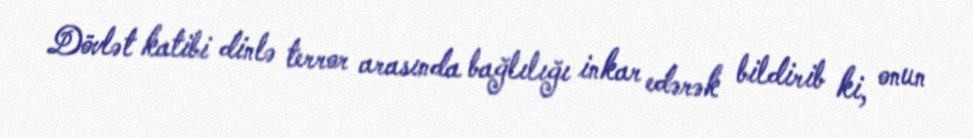
Dövlət katibi dinlə terror arasında bağlılığı inkar edərək bildirib ki, onun